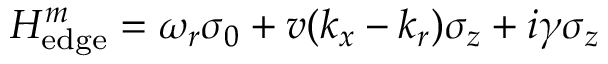
H _ { \mathrm { e d g e } } ^ { m } = \omega _ { r } \sigma _ { 0 } + v ( k _ { x } - k _ { r } ) \sigma _ { z } + i \gamma \sigma _ { z }